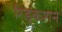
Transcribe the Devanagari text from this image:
रिड्कशन